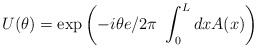
\begin{align*}U(\theta) =\exp\left( -i \theta {e}/{2\pi}~\int_0^L dx A(x)\right)\end{align*}